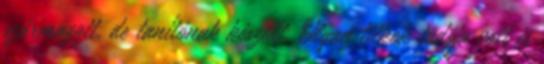
származott, de tanítónak készült. Olyan titkok tudója volt és